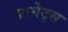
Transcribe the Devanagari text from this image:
प्रामेट्स